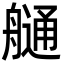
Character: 𦪏